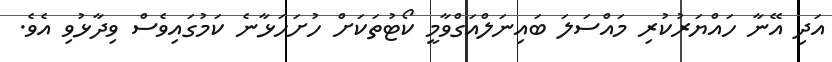
އަދި އޭނާ ހައްޔަރުކުރި މައްސަލަ ބައިނަލްއަގްވާމީ ކޯޓުތަކަށް ހުށަހަޅާނެ ކަމުގައިވެސް ވިދާޅުވި އެވެ.